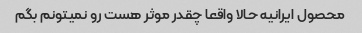
محصول ایرانیه حالا واقعا چقدر موثر هست رو نمیتونم بگم